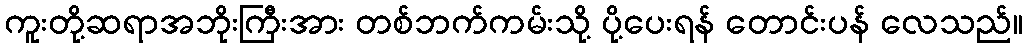
ကူးတို့ဆရာအဘိုးကြီးအား တစ်ဘက်ကမ်းသို့ ပို့ပေးရန် တောင်းပန် လေသည်။